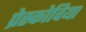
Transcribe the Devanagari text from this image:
प्रेस्कोविया